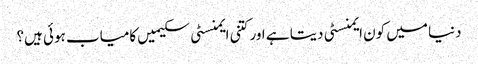
دنیا میں کون ایمنسٹی دیتا ہے اور کتنی ایمنسٹی سکیمیں کامیاب ہوئی ہیں؟